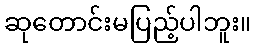
ဆုတောင်းမပြည့်ပါဘူး။